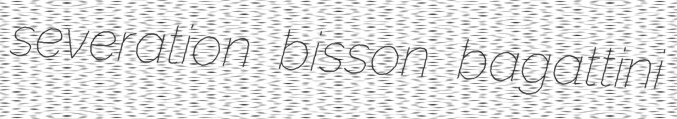
severation bisson bagattini